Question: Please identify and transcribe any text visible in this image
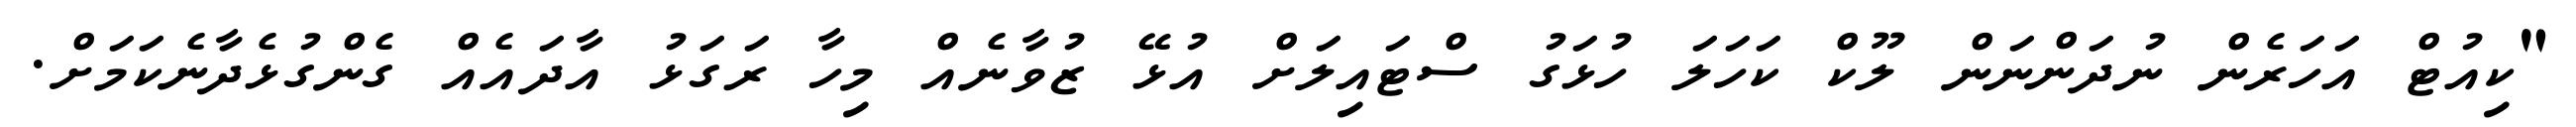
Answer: "ކިއުޓް އަހަރެން ނުދަންނަން ލޫކް ކަހަލަ ހުޅަގު ސްޓައިލަށް އުޅޭ ޒުވާނެއް މިހާ ރަގަޅު އާދައެއް ގެންގުޅެދާނެކަމަށް.